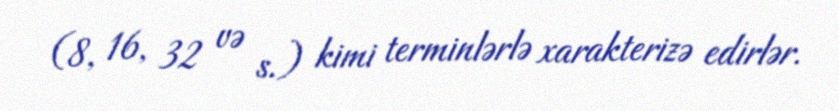
(8, 16, 32 və s.) kimi terminlərlə xarakterizə edirlər.